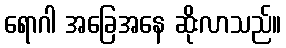
ရောဂါ အခြေအနေ ဆိုးလာသည်။